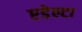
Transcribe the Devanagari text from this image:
एडेल्टा